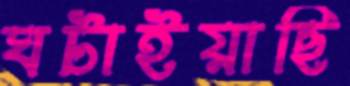
ঘটাইয়াছি